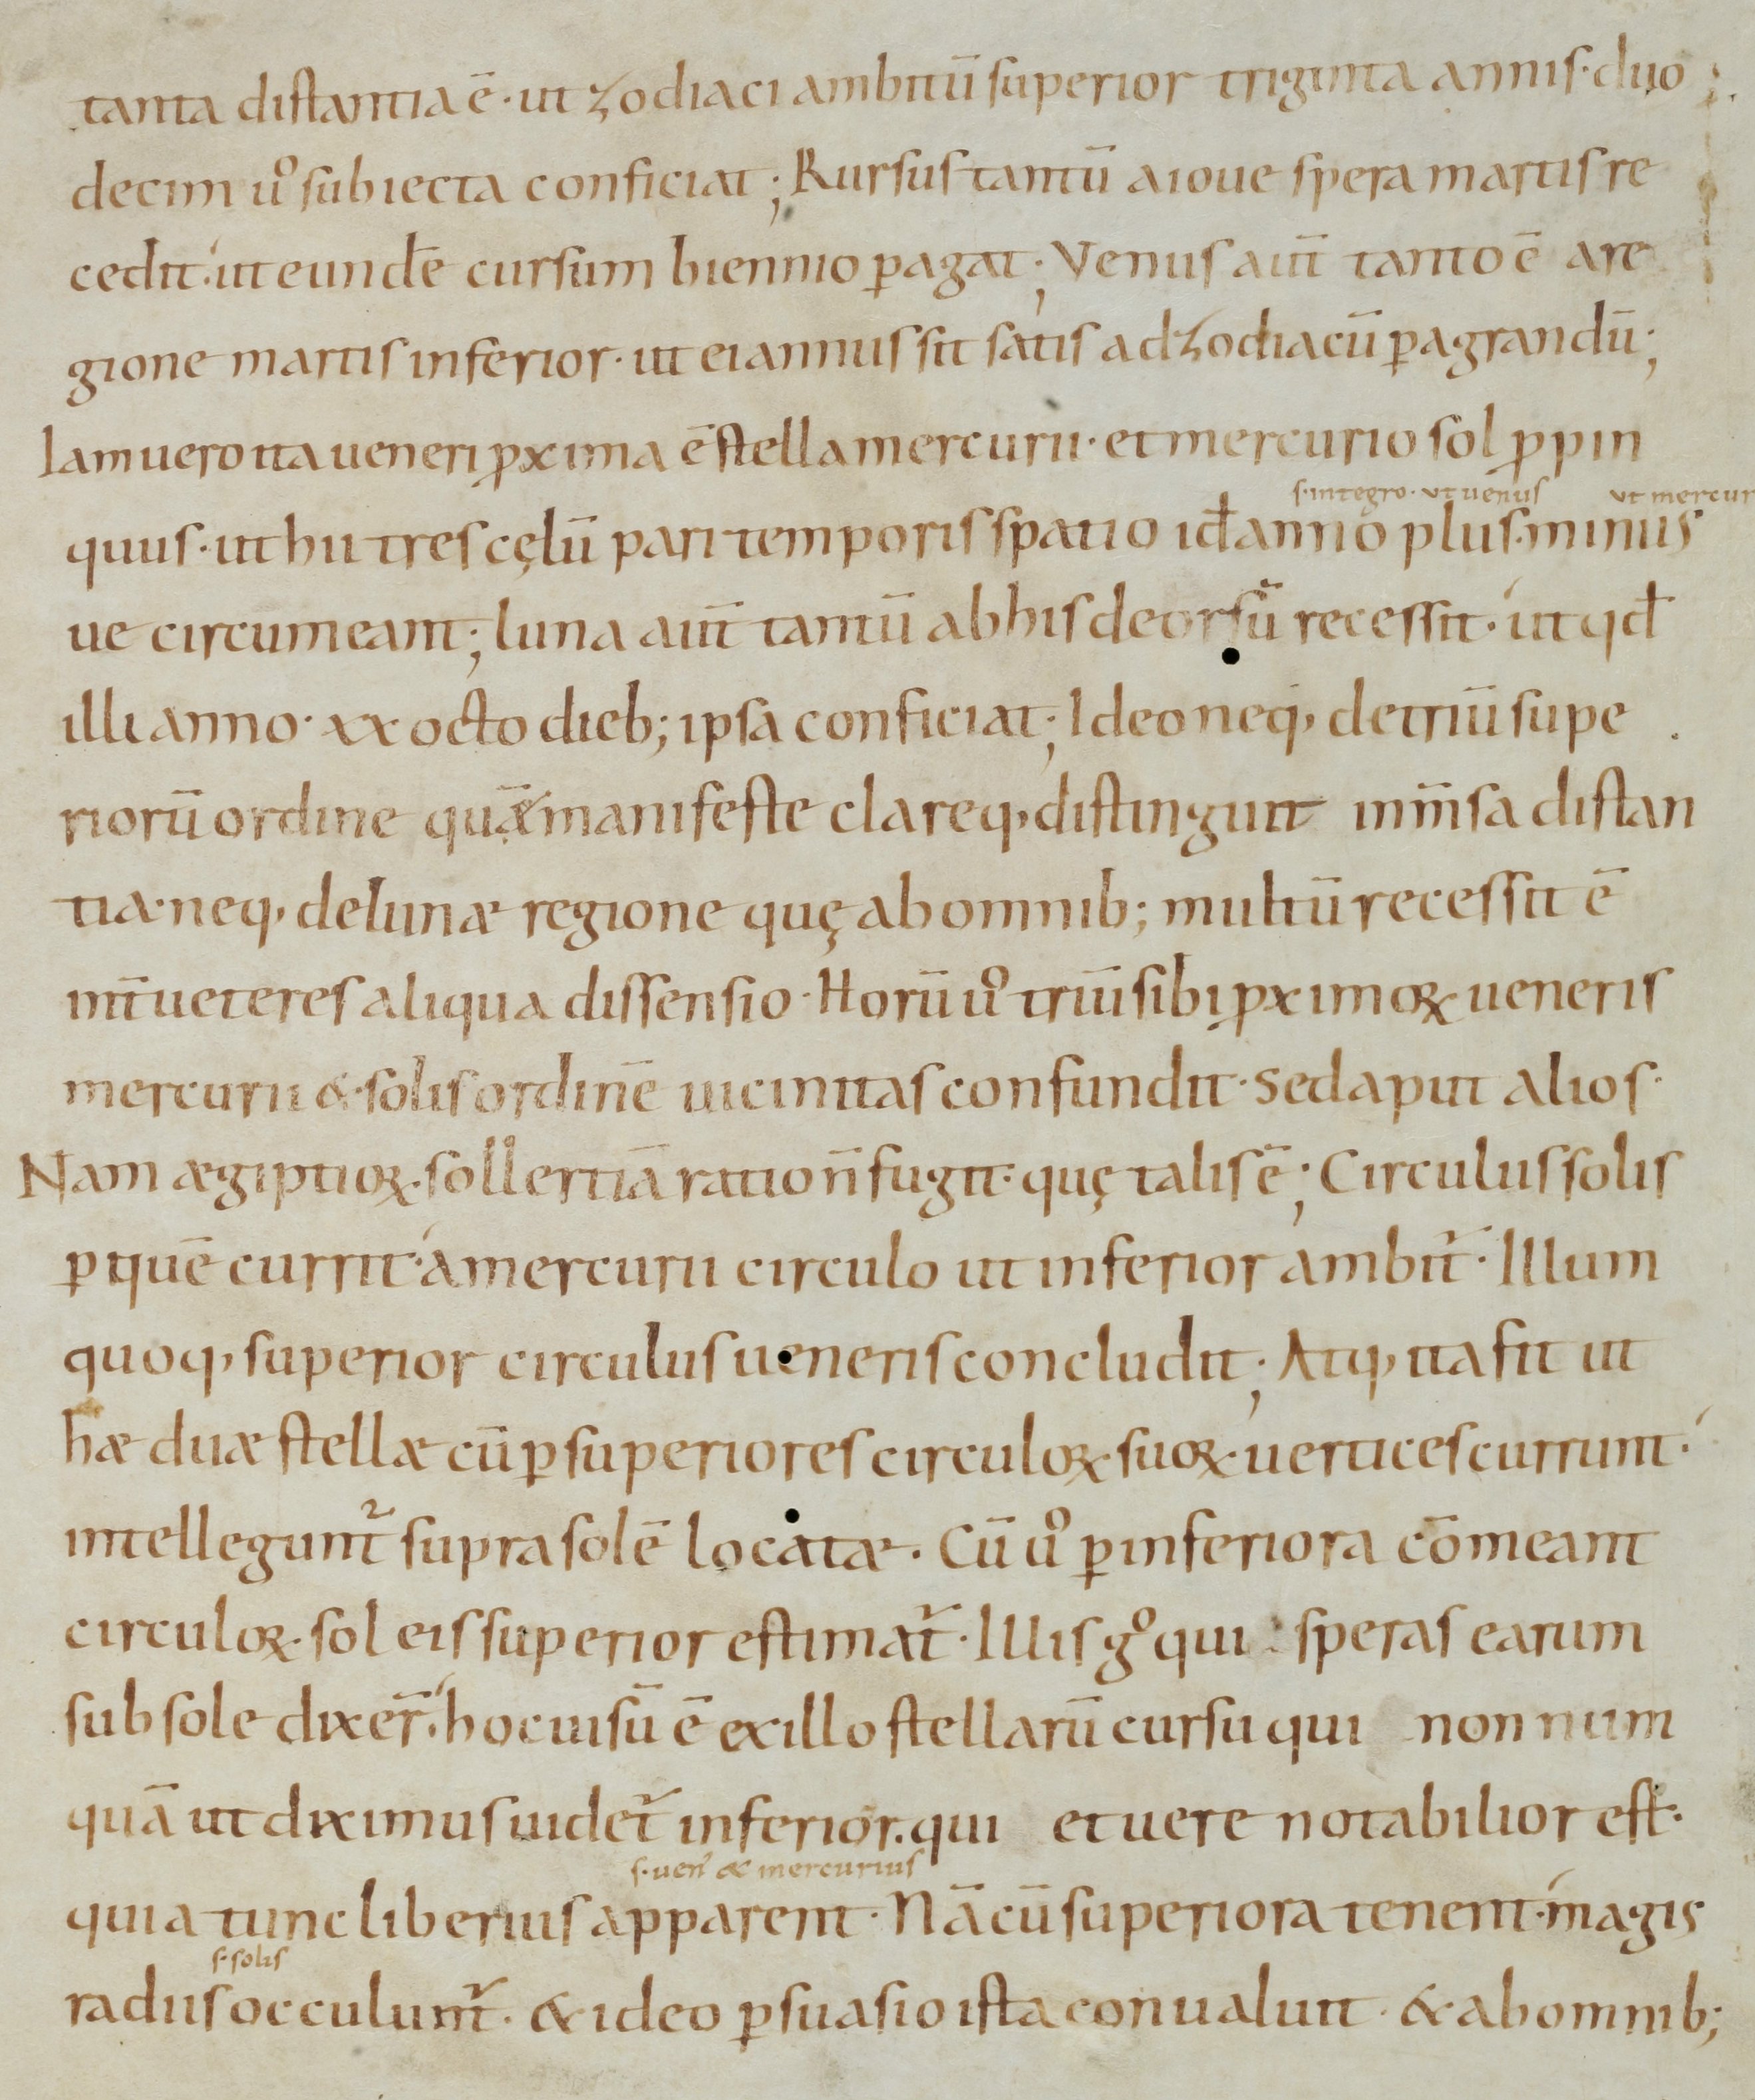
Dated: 965–975